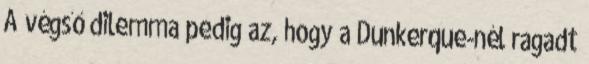
A végső dilemma pedig az, hogy a Dunkerque-nél ragadt